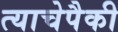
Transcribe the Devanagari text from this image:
त्याचेपैकी